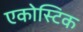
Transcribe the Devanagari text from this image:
एकोस्टिक